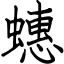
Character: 蟪